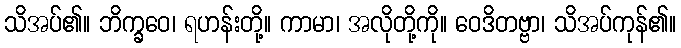
သိအပ်၏။ ဘိက္ခဝေ၊ ရဟန်းတို့။ ကာမာ၊ အလိုတို့ကို။ ဝေဒိတဗ္ဗာ၊ သိအပ်ကုန်၏။